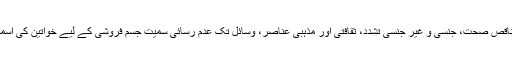
ان خطرات میں ناقص صحت، جنسی و غیر جنسی تشدد، ثقافتی اور مذہبی عناصر، وسائل تک عدم رسائی سمیت جسم فروشی کے لیے خواتین کی اسمگلنگ شامل ہے۔